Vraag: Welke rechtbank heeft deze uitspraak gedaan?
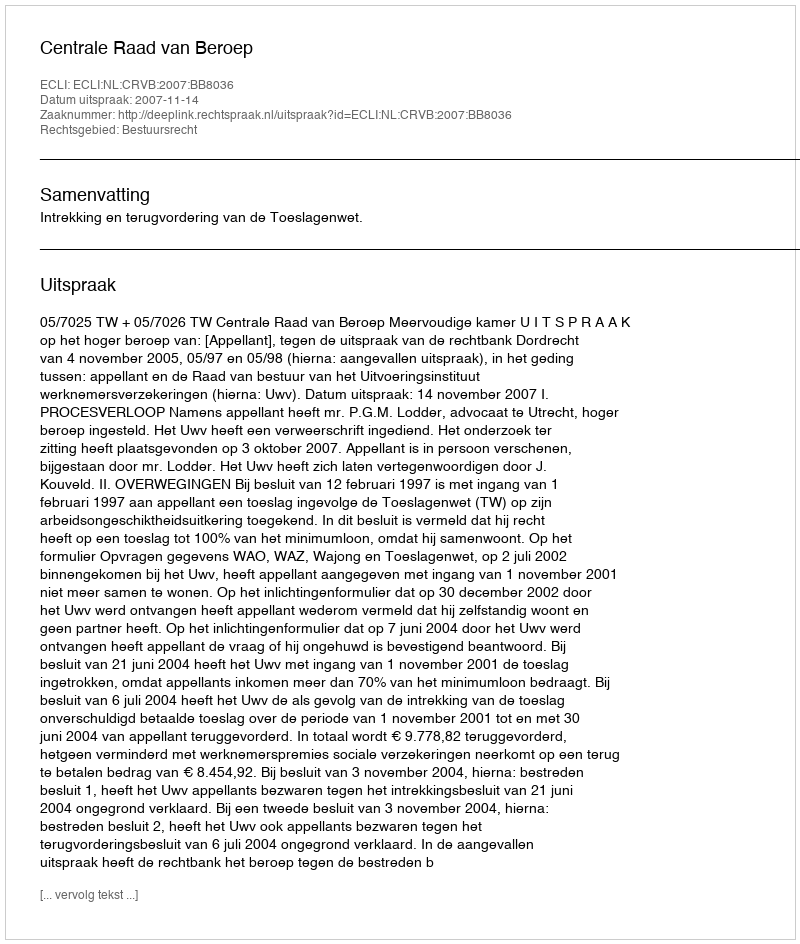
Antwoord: Centrale Raad van Beroep